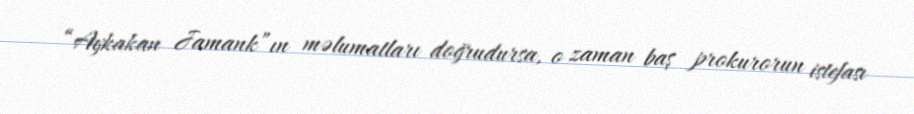
“Aykakan Jamank”ın məlumatları doğrudursa, o zaman baş prokurorun istefası